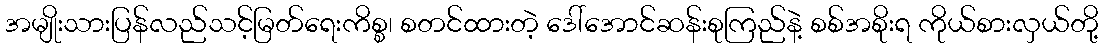
အမျိုးသားပြန်လည်သင့်မြတ်ရေးကိစ္စ၊ စတင်ထားတဲ့ ဒေါ်အောင်ဆန်းစုကြည်နဲ့ စစ်အစိုးရ ကိုယ်စားလှယ်တို့